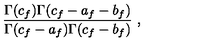
{ \frac { \Gamma ( c _ { f } ) \Gamma ( c _ { f } - a _ { f } - b _ { f } ) } { \Gamma ( c _ { f } - a _ { f } ) \Gamma ( c _ { f } - b _ { f } ) } } \ ,